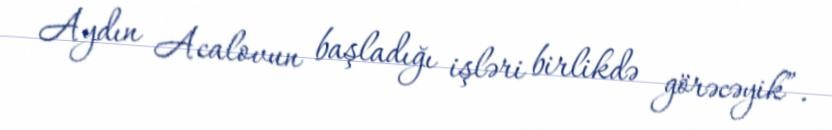
Aydın Acalovun başladığı işləri birlikdə görəcəyik”.